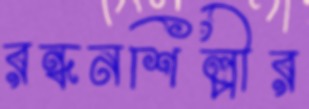
রন্ধনশিল্পীর